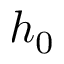
h _ { 0 }